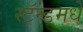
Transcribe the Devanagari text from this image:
स्टॅन्डमधे